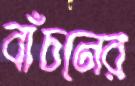
বাঁচনের